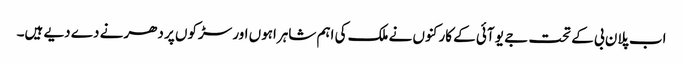
اب پلان بی کے تحت جے یو آئی کے کارکنوں نے ملک کی اہم شاہراہوں اور سڑکوں پر دھرنے دے دیے ہیں۔